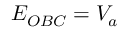
E _ { O B C } = V _ { a }